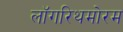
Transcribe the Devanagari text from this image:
लॉगरिथमोरम